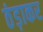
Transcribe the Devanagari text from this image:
ठंड़ाकर